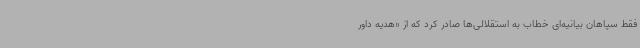
فقط سپاهان بیانیه‌ای خطاب به استقلالی‌ها صادر کرد که از «هدیه داور